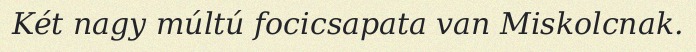
Két nagy múltú focicsapata van Miskolcnak.